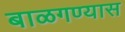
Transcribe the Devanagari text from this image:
बाळगण्यास